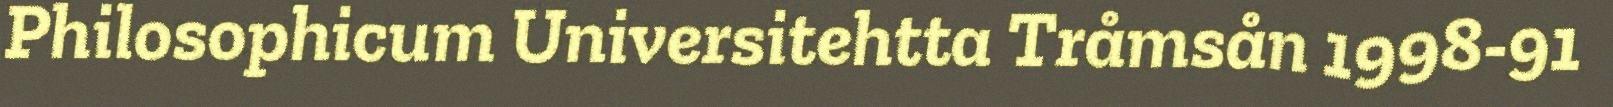
Philosophicum Universitehtta Tråmsån 1998-91